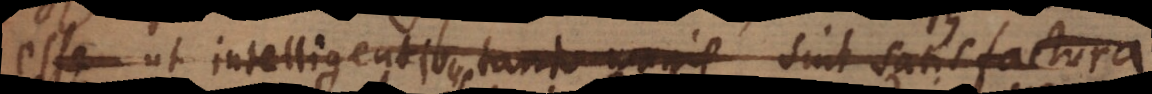
esse ut intelligenti intelligentibus tanto magis sint satisfactura